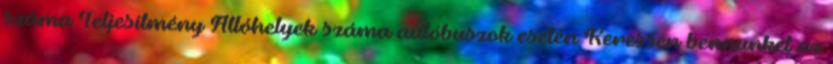
száma Teljesítmény Állóhelyek száma autóbuszok esetén Keressen bennünket az